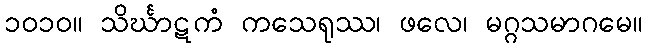
၁၀၁၀။ သိင်္ဃာဋကံ ကသေရုဿ၊ ဖလေ၊ မဂ္ဂသမာဂမေ။